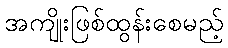
အကျိုးဖြစ်ထွန်းစေမည့်